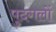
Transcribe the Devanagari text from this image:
पुदगलों